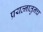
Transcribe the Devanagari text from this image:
प्रयत्नातुनच